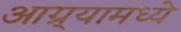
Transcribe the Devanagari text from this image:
आग्र्यामध्ये